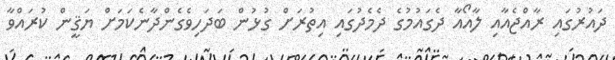
ދައުރުގައި ރާއްޖެއާއި ލާއޯއާ ދެގައުމުގެ ދެމެދުގައި އިތުރަށް ގުޅުން ބަދަހިވެގެންދާނެކަމަށް ޔަޤީން ކުރައްވާ